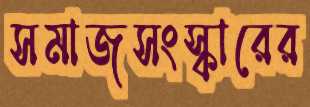
সমাজসংস্কারের